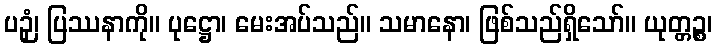
ပဉှံ၊ ပြဿနာကို။ ပုဋ္ဌော၊ မေးအပ်သည်။ သမာနော၊ ဖြစ်သည်ရှိသော်။ ယုတ္တဉ္စ၊